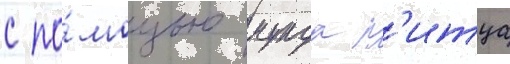
с по́мощью мунда п'итца